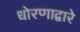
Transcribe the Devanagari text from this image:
धोरणाद्वारे